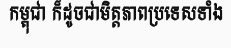
កម្ពុជា ក៏ដូចជាមិត្តភាពប្រទេសទាំង